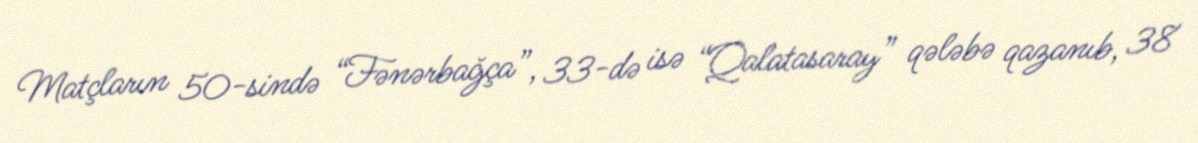
Matçların 50-sində “Fənərbağça”, 33-də isə “Qalatasaray” qələbə qazanıb, 38